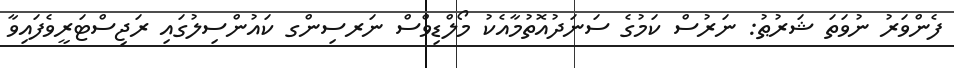
ފެންވަރު ނުވަތަ ޝަރުޠު: ނަރުސް ކަމުގެ ސަނަދުއޮތުމާއެކު މޯލްޑިވްސް ނަރސިންގ ކައުންސިލުގައި ރަޖިސްޓަރީވެފައިވާ